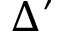
\Delta ^ { \prime }